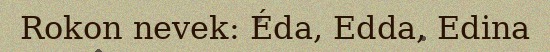
Rokon nevek: Éda, Edda, Edina